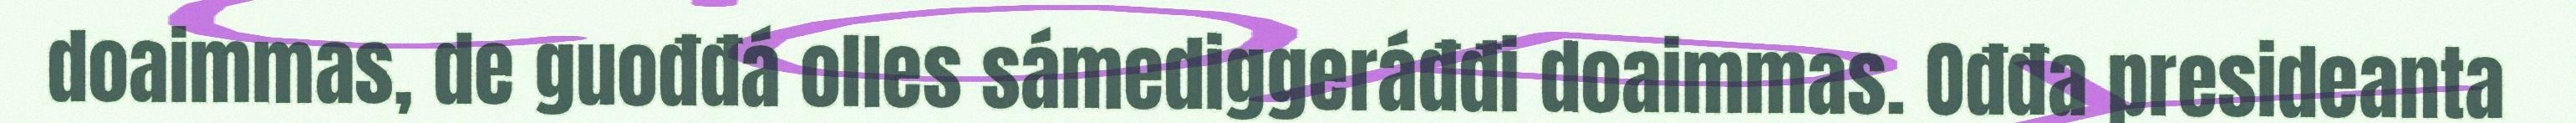
doaimmas, de guođđá olles sámediggeráđđi doaimmas. Ođđa presideanta